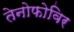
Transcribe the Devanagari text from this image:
तेनोफोविर